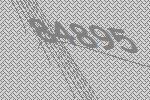
84895